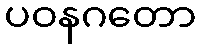
ပဝနဂတော